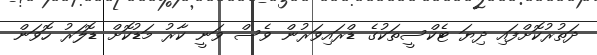
ދަތުރުކޮށްފައި ދިޔަ ޓެކްސީތަކުގެ ޑްރައިވަރުން ވެސް ވަނީ ކާރު މަޑުކޮށް ޑޮލަރު ހޮވަން